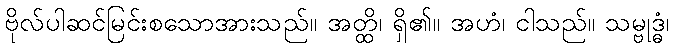
ဗိုလ်ပါဆင်မြင်းစသောအားသည်။ အတ္ထိ၊ ရှိ၏။ အဟံ၊ ငါသည်။ သမ္ဗုဒ္ဓံ၊